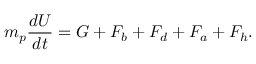
m _ { p } \frac { d U } { d t } = G + F _ { b } + F _ { d } + F _ { a } + F _ { h } .